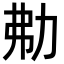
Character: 㔗